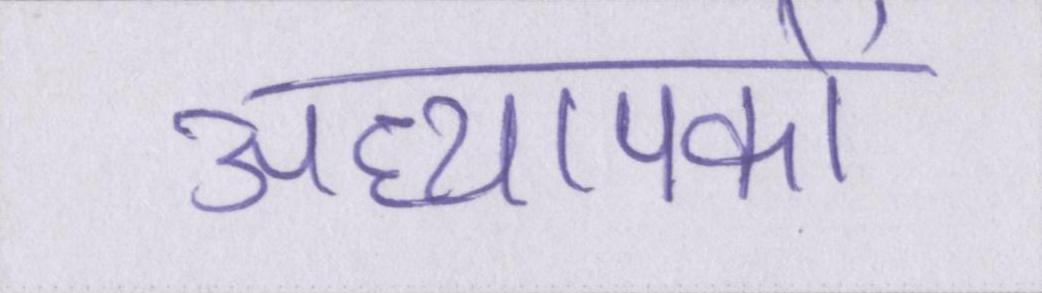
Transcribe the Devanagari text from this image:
अध्यापकों